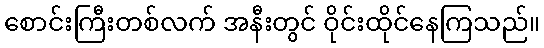
စောင်းကြီးတစ်လက် အနီးတွင် ဝိုင်းထိုင်နေကြသည်။